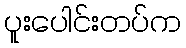
ပူးပေါင်းတပ်က